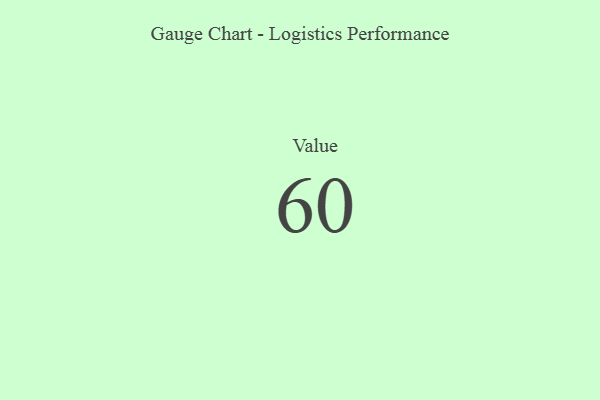
{"axis": {"x": "Metric", "y": "Value"}, "legend": [""], "data": [{"x": "Value", "y": 60, "type": ""}]}